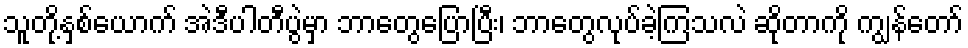
သူတို့နှစ်ယောက် အဲဒီပါတီပွဲမှာ ဘာတွေပြောပြီး၊ ဘာတွေလုပ်ခဲ့ကြသလဲ ဆိုတာကို ကျွန်တော်